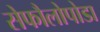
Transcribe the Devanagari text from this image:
सेफौलोपोडा